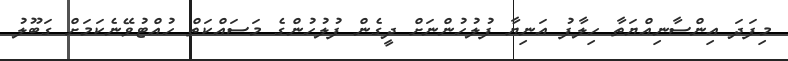
މިފަދަ އިންސާނިއްޔަތާ ހިލާފު އަނިޔާ ފުލުހުންނަށް ދީގެން ފުލުހުންގެ މަސައްކަތް ހުއްޓުވޭނެކަމަށް ގަބޫލު